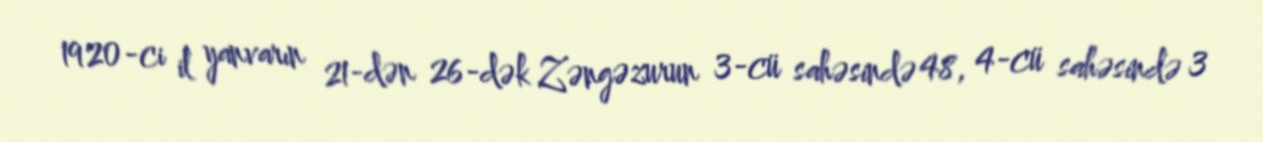
1920-ci il yanvarın 21-dən 26-dək Zəngəzurun 3-cü sahəsində 48, 4-cü sahəsində 3